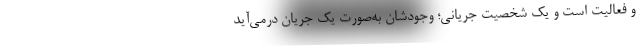
و فعالیت است و یک شخصیت جریانی؛ وجودشان به‌صورت یک جریان درمی‌آید